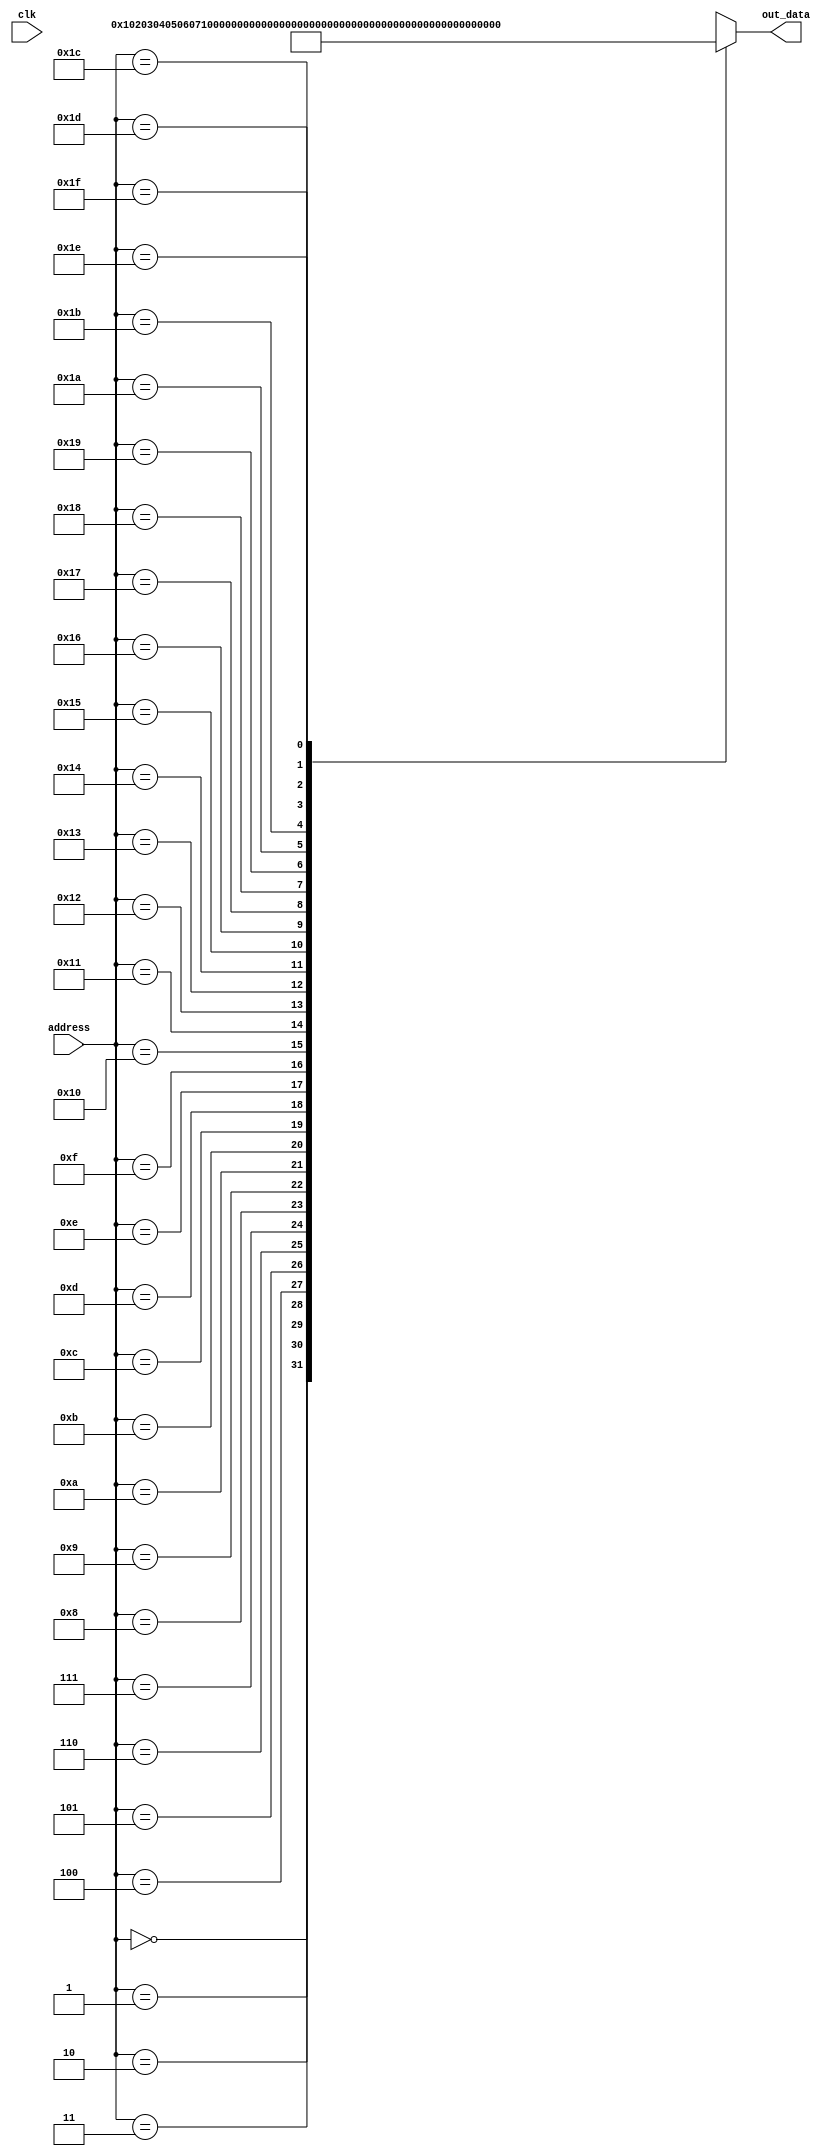
module ROM #(
    parameter ADDRESS_WIDTH = 5,
    parameter DATA_WIDTH = 8
)
(
    input clk,
    input [ADDRESS_WIDTH-1:0] address,
    output [DATA_WIDTH-1:0] out_data
);

localparam DATA_DEPTH = 2 ** ADDRESS_WIDTH;

reg [DATA_WIDTH-1:0] memory [DATA_DEPTH-1:0];

integer i;

initial begin
    memory[0] = 1'b1;
    for (i = 1; i < DATA_DEPTH; i = i + 1) begin
        memory[i] = memory[i-1] + 1'b1;
    end
end

assign out_data = memory[address];

endmodule